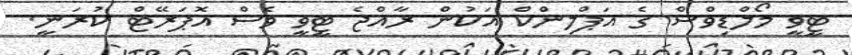
ޓީވީ މޯލްޑިވްސް ގެ އަޕްލިންކް އަކުން ރާއްޖެ ޓީވީ ވެސް އޮޕަރޭޓް ކުރަނީ.